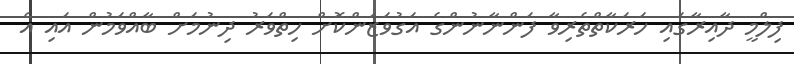
ފިލްމީ ދާއިރާގައި ހަރަކާތްތެރިވާ ފަންނާނުންގެ އަގުވަޒަންކޮށް ހިތްވަރު ދިނުމަށް ބާއްވަމުން އައި އެ